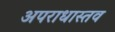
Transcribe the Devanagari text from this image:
अपराधास्तव